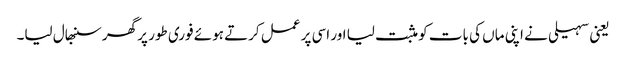
یعنی سہیلی نے اپنی ماں کی بات کو مثبت لیا اور اسی پر عمل کرتے ہوئے فوری طور پر گھر سنبھال لیا۔